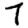
Digit: 7